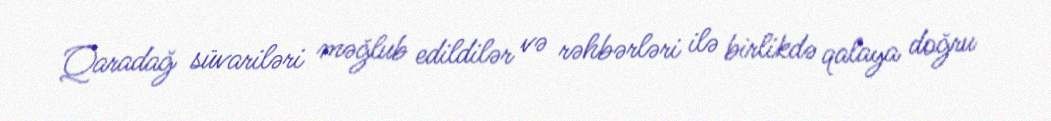
Qaradağ süvariləri məğlub edildilər və rəhbərləri ilə birlikdə qalaya doğru